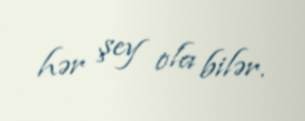
hər şey ola bilər.